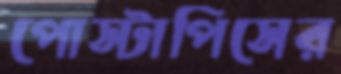
পোস্টাপিসের